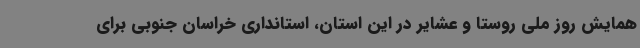
همایش روز ملی روستا و عشایر در این استان، استانداری خراسان جنوبی برای